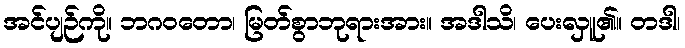
အင်ပျဉ်ကို။ ဘဂဝတော၊ မြတ်စွာဘုရားအား။ အဒါသိ၊ ပေးလှူ၏။ တဒါ၊